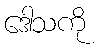
ဒေါသကို